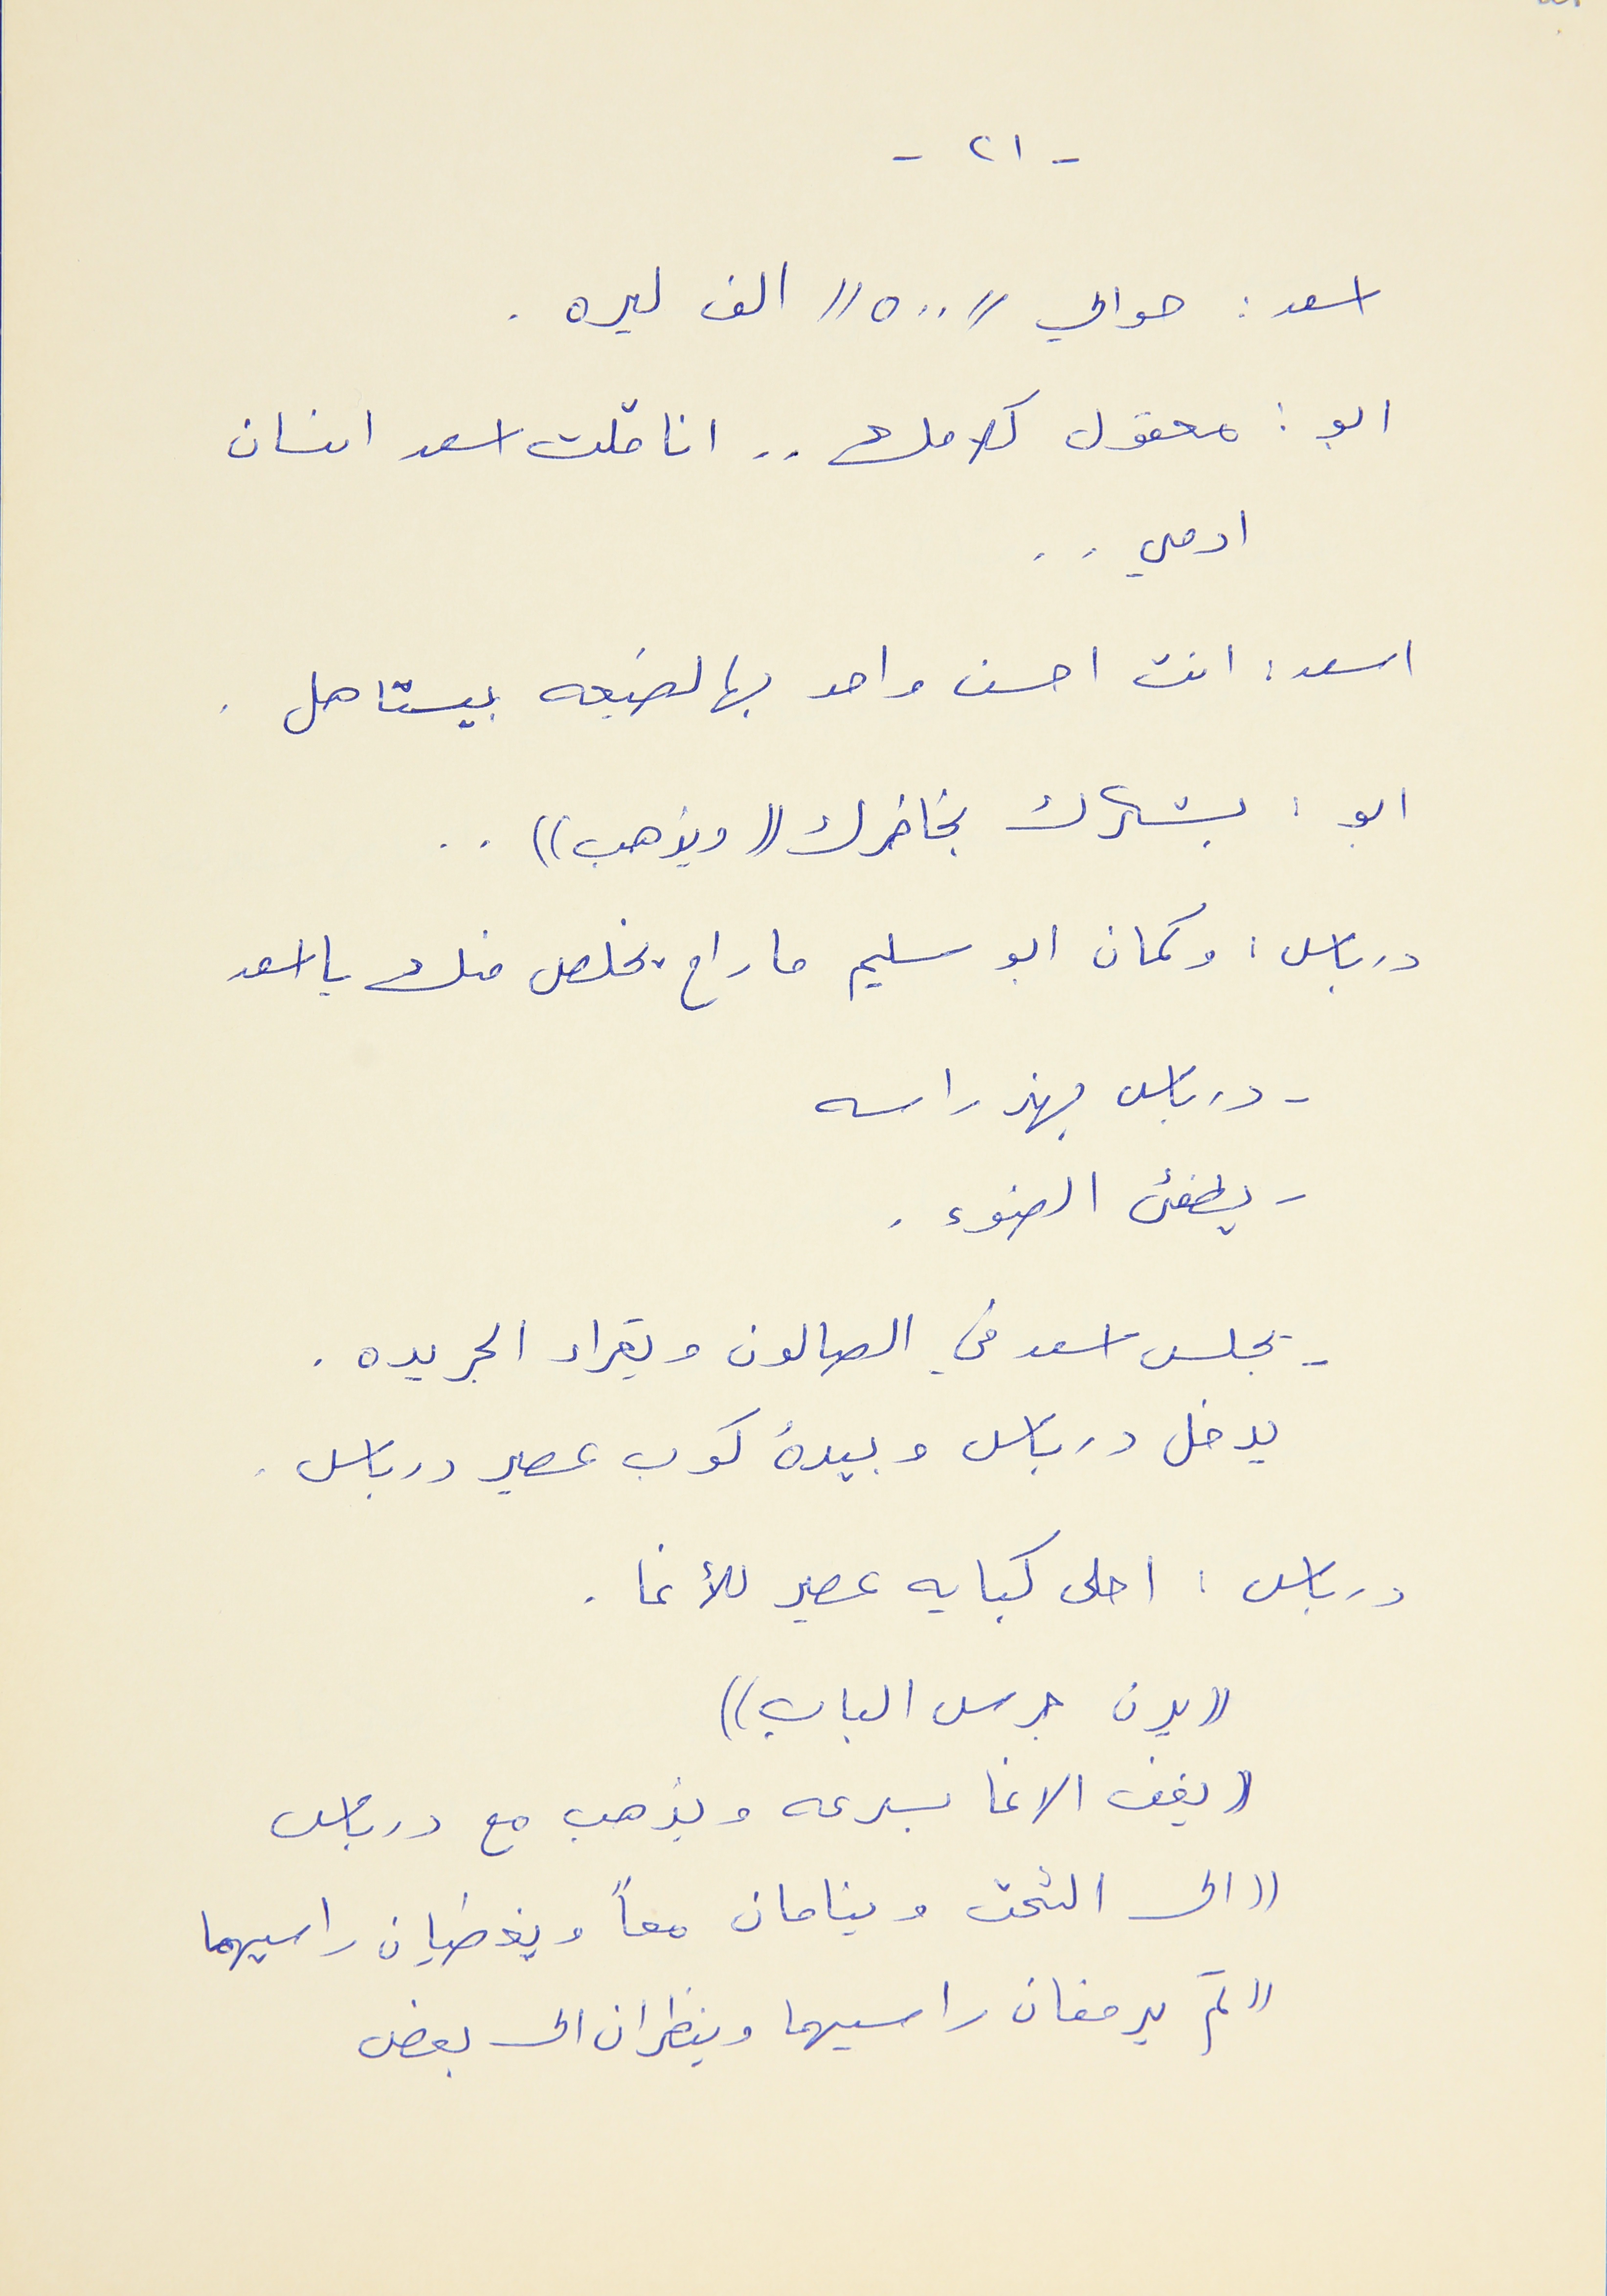
- ٢١ -
اسعد : حوالي // ٥٠٠ // الف ليره .
ابو : معقول كلامك . . انا قلت اسعد انسان
ادمي . .
اسعد : انت احسن واحد بهالضيعه بيستاهل .
ابو : بشكرك بخاطرك ((ويذهب)) . .
درباس : وكمان ابو سليم ما راح يخلص منك يا اسعد
- درباس يهذ راسه
- يطفىء الضوء .
- يجلس اسعد في الصالون ويقراء الجريده .
يدخل درباس وبيدهُ كوب عصير درباس .
درباس : احلى كبايه عصير للأغا .
(( يرن جرس الباب ))
((يقف الاغا بسرعه ويذهب مع درباس
(( الى التخت وينامان معاً ويغطيان راسيهما
(( ثم يرفعان راسيهما وينظران الى بعض